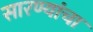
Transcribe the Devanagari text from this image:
सारण्यांचा